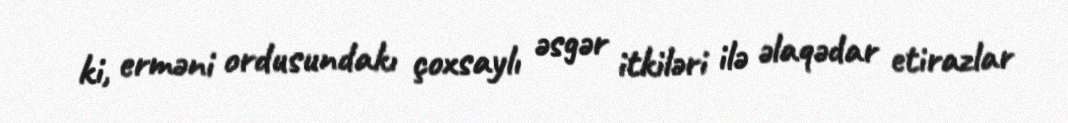
ki, erməni ordusundakı çoxsaylı əsgər itkiləri ilə əlaqədar etirazlar